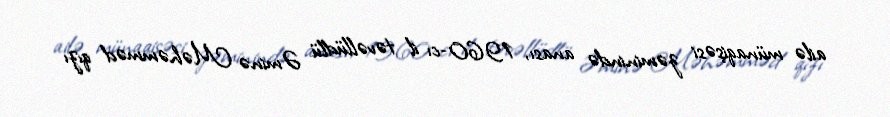
ailə münaqişəsi zəminində anası, 1960-cı il təvəllüdlü Əminə Məhəmməd qızı